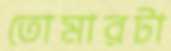
তোমারটা